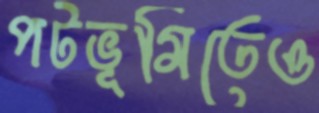
পটভূমিতেও